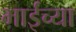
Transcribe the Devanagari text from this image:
भाईच्या